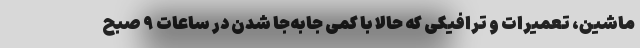
ماشین، تعمیرات و ترافیکی که حالا با کمی جابه‌جا شدن در ساعات ۹ صبح